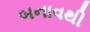
બનાવથી